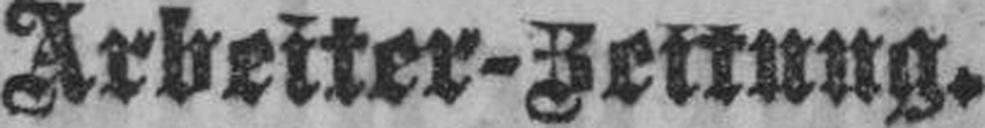
Arbeiter-Zeitung.